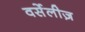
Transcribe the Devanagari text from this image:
वर्सेलीज़